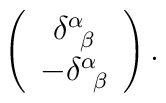
\left( \begin{array}{c}\delta _{\;\;\beta }^\alpha \\-\delta _{\;\;\beta }^\alpha\end{array}\right) .